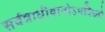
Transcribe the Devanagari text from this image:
सर्वत्राधीयानोऽपविघ्नो